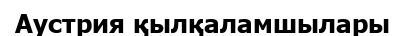
Аустрия қылқаламшылары